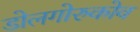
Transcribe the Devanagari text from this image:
डोलगोरुकोव